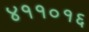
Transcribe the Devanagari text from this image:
४११०१६